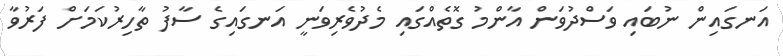
އަނގައިން ނުބައި ވަސްދުވަން އާންމު ގޮތެއްގައި މެދުވެރިވަނީ އަނގައިގެ ސާފު ތާހިރުކަމަށް ފަރުވާ